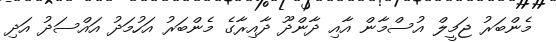
މެންބަރު ޖަމީލް އުސްމާން އާއި ދާންދޫ ދާއިރާގެ މެންބަރު އަހުމަދު އައްސަދު އަދި